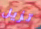
تزيل